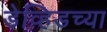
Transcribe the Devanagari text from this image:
डेव्हिडच्या